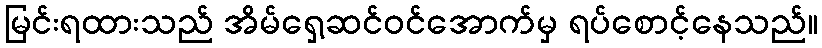
မြင်းရထားသည် အိမ်ရှေ့ဆင်ဝင်အောက်မှ ရပ်စောင့်နေသည်။